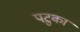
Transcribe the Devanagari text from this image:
पटुका